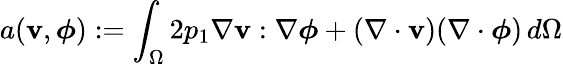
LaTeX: a(\mathbf{v},\boldsymbol{\phi}):=\int_{\Omega}2p_{1}\nabla\mathbf{v}:\nabla\boldsymbol{\phi}+(\nabla\cdot\mathbf{v})(\nabla\cdot\boldsymbol{\phi})\, d\Omega